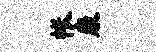
帐康